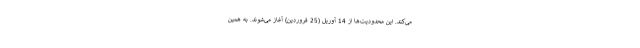
می‌کند. این محدودیت‌ها از 14 آوریل (25 فروردین) آغاز می‌شوند. به همین